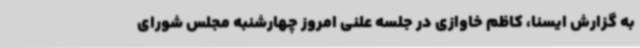
به گزارش ایسنا، کاظم خاوازی در جلسه علنی امروز چهارشنبه مجلس شورای